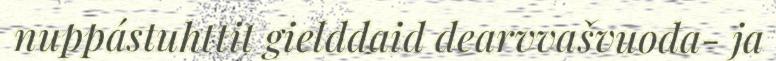
nuppástuhttit gielddaid dearvvašvuođa- ja